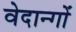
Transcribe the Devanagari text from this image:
वेदान्गों